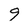
Character: 9